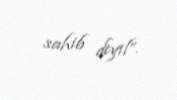
sahib deyil”.